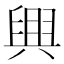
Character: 𦥷